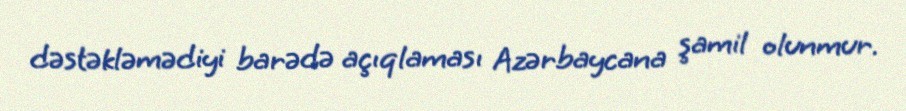
dəstəkləmədiyi barədə açıqlaması Azərbaycana şamil olunmur.